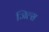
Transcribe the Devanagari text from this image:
जिल्स